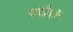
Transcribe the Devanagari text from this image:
तरीनों